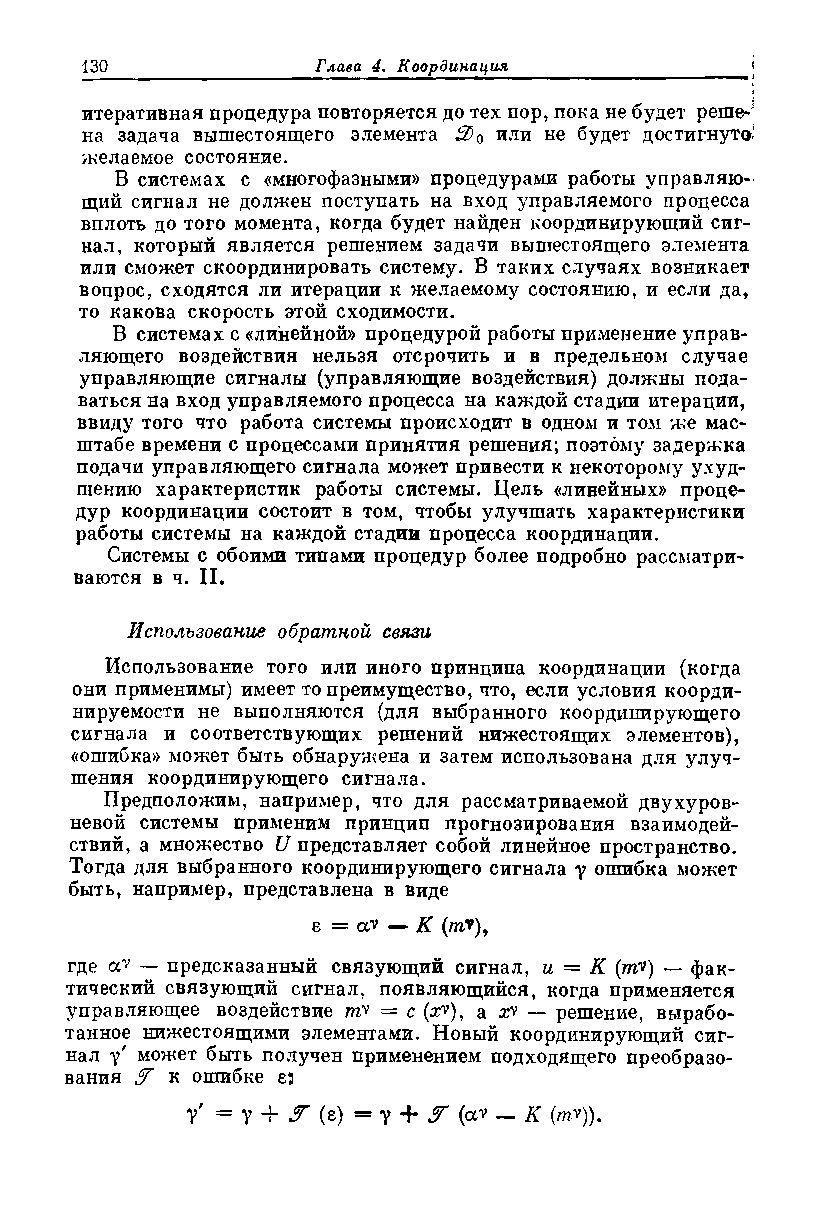
итеративная процедура повторяется до тех пор, пока не будет реше-;
 на задача вышестоящего элемента 2)0 или не будет достигнута*
 желаемое состояние.
 В системах с «многофазными» процедурами работы управляю­
 щий сигнал не должен поступать на вход управляемого процесса
 вплоть до того момента, когда будет найден координирующий сиг­
 нал, который является решением задачи вышестоящего элемента
 или сможет скоординировать систему. В таких случаях возникает
 вопрос, сходятся ли итерации к желаемому состоянию, и если да,
 то какова скорость этой сходимости.
 В системах с «линейной» процедурой работы применение управ­
 ляющего воздействия нельзя отсрочить и в предельном случае
 управляющие сигналы (управляющие воздействия) должны пода­
 ваться на вход управляемого процесса на каждой стадии итерации,
 ввиду того что работа системы происходит в одном и том же мас­
 штабе времени с процессами принятия решения; поэтому задержка
 подачи управляющего сигнала может привести к некоторому ухуд­
 шению характеристик работы системы. Цель «линейных» проце­
 дур координации состоит в том, чтобы улучшать характеристики
 работы системы на каждой стадии процесса координации.
 Системы с обоими типами процедур более подробно рассматри­
 ваются в ч. И.
 Использование обратной связи
 Использование того или иного принципа координации (когда
 они применимы) имеет то преимущество, что, если условия коорди-
 нируемости не выполняются (для выбранного координирующего
 сигнала и соответствующих решений нижестоящих элементов),
 «ошибка» может быть обнаружена и затем использована для улуч­
 шения координирующего сигнала.
 Предположим, например, что для рассматриваемой двухуров­
 невой системы применим принцип прогнозирования взаимодей­
 ствий, а множество V представляет собой линейное пространство.
 Тогда для выбранного координирующего сигнала у ошибка может
 быть, например, представлена в виде
 в = а* — К (иг*),
 где а* — предсказанный связующий сигнал, и = К (иг*) — фак­
 тический связующий сигнал, появляющийся, когда применяется
 управляющее воздействие иг* = с (я*), а хУ — решение, вырабо­
 танное нижестоящими элементами. Новый координирующий сиг­
 нал у' может быть получен применением подходящего преобразо­
 вания У к ошибке 85
 V' = У + У (е) = у + У (а* — К (иг*)).